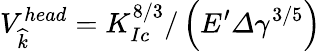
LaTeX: V_{\widehat{k}}^{head}=K_{Ic}^{8/3}/\left(E^{\prime}\varDelta\gamma^{3/5}\right)